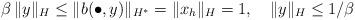
LaTeX: \begin{align*}\beta\, \| y\|_H\le \| b(\bullet,y)\|_{H^*}=\|x_h\|_H=1,\quad\| y\|_H\le 1/\beta\end{align*}